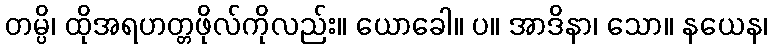
တမ္ပိ၊ ထိုအရဟတ္တဖိုလ်ကိုလည်း။ ယောခေါ။ ပ။ အာဒိနာ၊ သော။ နယေန၊